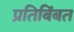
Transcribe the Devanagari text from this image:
प्रतिबिंबत